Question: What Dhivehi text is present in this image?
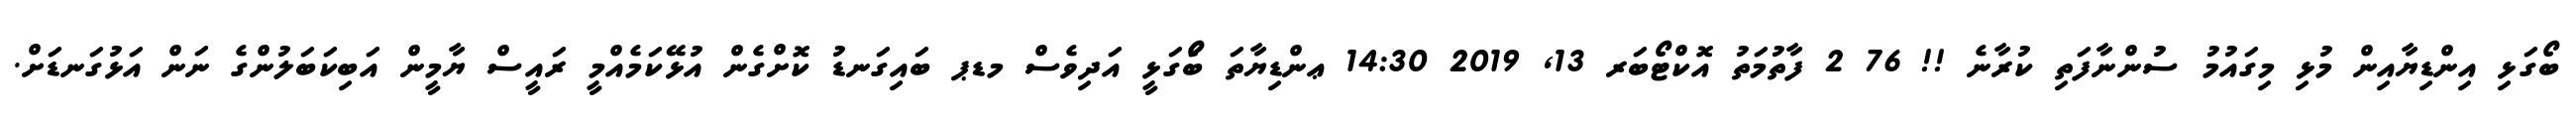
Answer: ބޯގަޅި އިންޑިޔާއިން މުޅި މިގައުމު ސުންނާފަތި ކުރާނެ !! 76 2 ފާތުމަތު އޮކްޓޯބަރ 13, 2019 14:30 ޢންޑިޔާތަ ބޯަގަޅީ އަދިވެސް މޑޕ ބައިގަނޑު ކޮށްގެން އުޅޭކަމެއްމީ ރައީސް ޔާމީން އަބިކަބަލުންގެ ނަން އަޅުގަނޑަށް.